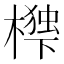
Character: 𭬃